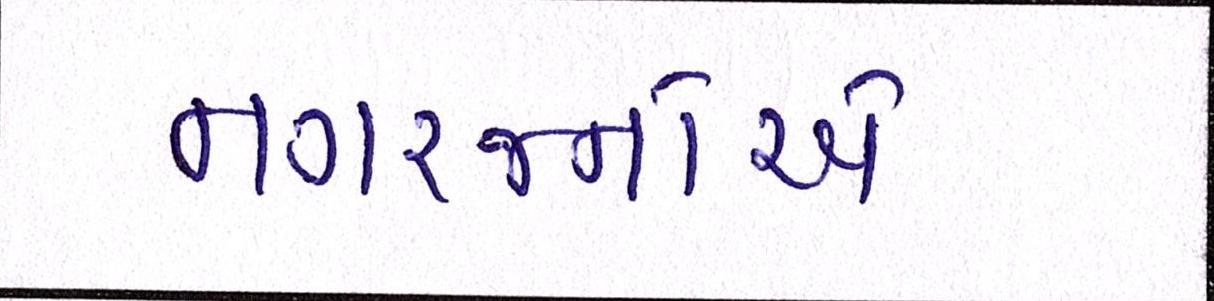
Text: નગરજનોએ